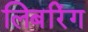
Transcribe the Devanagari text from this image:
लिबरिंग